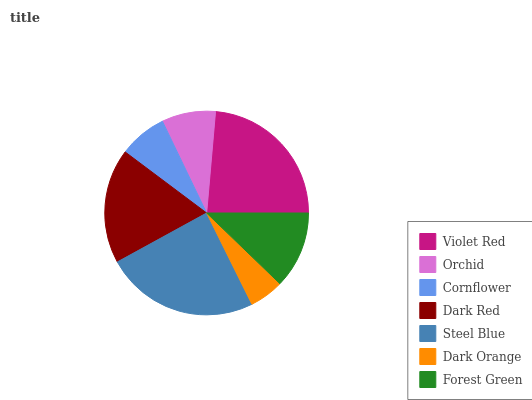
| Violet Red | Orchid | Cornflower | Dark Red | Steel Blue | Dark Orange | Forest Green |
 | --- | --- | --- | --- | --- | --- | --- |
 | 23.6% | 8.54% | 7.63% | 18.2% | 24.4% | 5.47% | 12.2% |